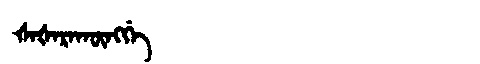
Manchu: ᡧᠠᡧᠠᡵᠠᡴᡡᠩᡤᡝ
Romanization: ŠAŠARAKŪNGGE